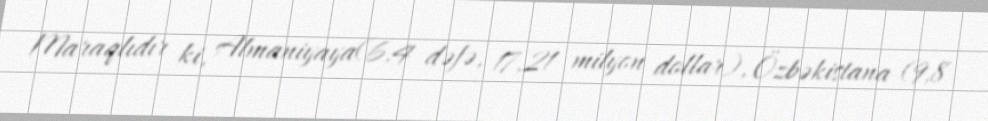
Maraqlıdır ki, Almaniyaya(6,4 dəfə, 17,21 milyon dollar), Özbəkistana (9,8